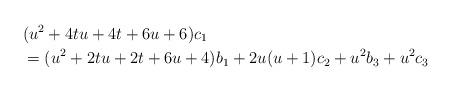
LaTeX: \begin{align*}& (u^2+4tu+4t+6u+6)c_1 \\& =(u^2+2tu+2t+6u+4)b_1+2u(u+1)c_2+u^2b_3+u^2c_3\end{align*}